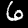
Digit: 6